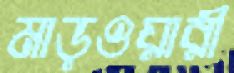
মাড়ওয়ারী